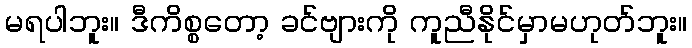
မရပါဘူး။ ဒီကိစ္စတော့ ခင်ဗျားကို ကူညီနိုင်မှာမဟုတ်ဘူး။